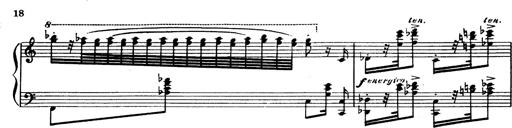
Title: Magyar dalok
Composer: Franz Liszt